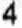
4